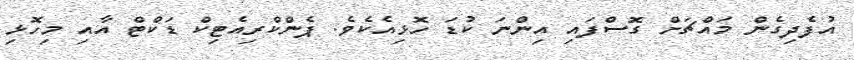
އުފެދިގެން މައްޗަށް ގޮސްފައި އިންނަ ކުޑަ ހޮޅިއެކެވެ. ޕެންކްރިއެޓިކް ޑަކްޓް އާއި މިހޮޅި